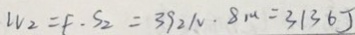
W _ { 2 } = F \cdot S _ { 2 } = 3 9 2 / v \cdot 8 m = 3 1 3 6 J